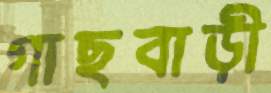
গাছবাড়ী